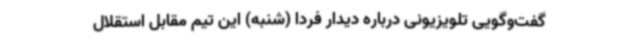
گفت‌وگویی تلویزیونی درباره دیدار فردا (شنبه) این تیم مقابل استقلال